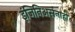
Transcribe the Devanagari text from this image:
इंजिनिअर्सनाही